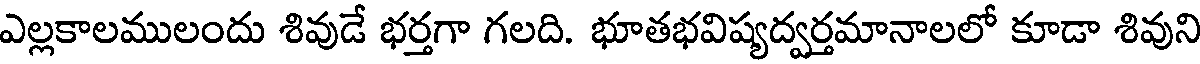
ఎల్లకాలములందు శివుడే భర్తగా గలది. భూతభవిష్యద్వర్తమానాలలో కూడా శివుని